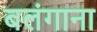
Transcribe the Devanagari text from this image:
बलंगाना